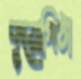
কুয়োপিঠা